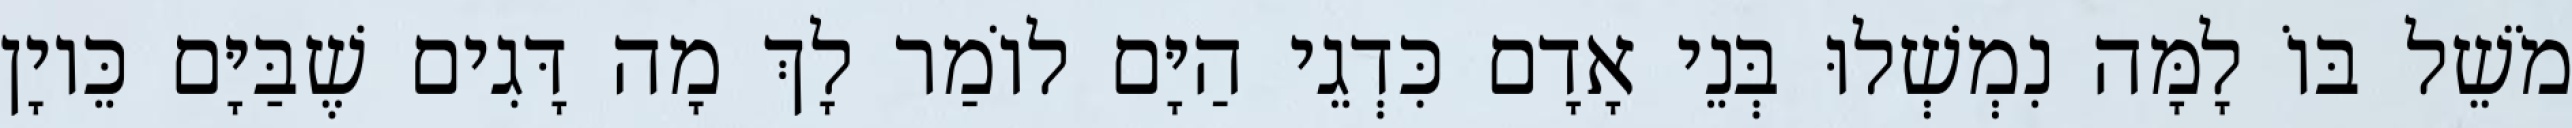
מֹשֵׁל בּוֹ לָמָּה נִמְשְׁלוּ בְּנֵי אָדָם כִּדְגֵי הַיָּם לוֹמַר לָךְ מָה דָּגִים שֶׁבַּיָּם כֵּיוָן